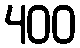
400